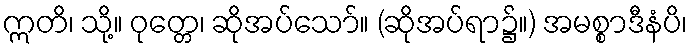
ဣတိ၊ သို့။ ဝုတ္တေ၊ ဆိုအပ်သော်။ (ဆိုအပ်ရာ၌။) အမစ္စာဒီနံပိ၊